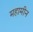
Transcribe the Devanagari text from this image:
महामीन